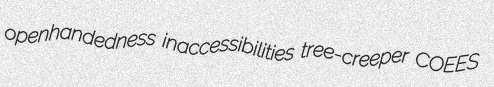
openhandedness inaccessibilities tree-creeper COEES